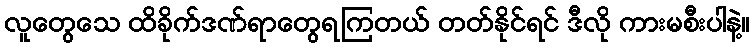
လူတွေသေ ထိခိုက်ဒဏ်ရာတွေရကြတယ် တတ်နိုင်ရင် ဒီလို ကားမစီးပါနဲ့။